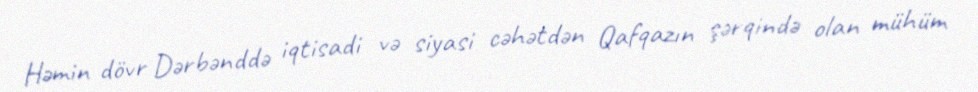
Həmin dövr Dərbənddə iqtisadi və siyasi cəhətdən Qafqazın şərqində olan mühüm